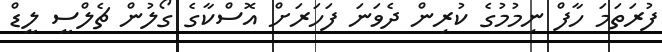
ފުރަތަމަ ހާފް ނިމުމުގެ ކުރިން ދެވަނަ ފަހަރަށް އޮސްކާގެ ގޯލުން ޗެލްސީ ލީޑް